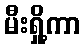
မီးရှို့ကာ